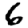
Digit: 6